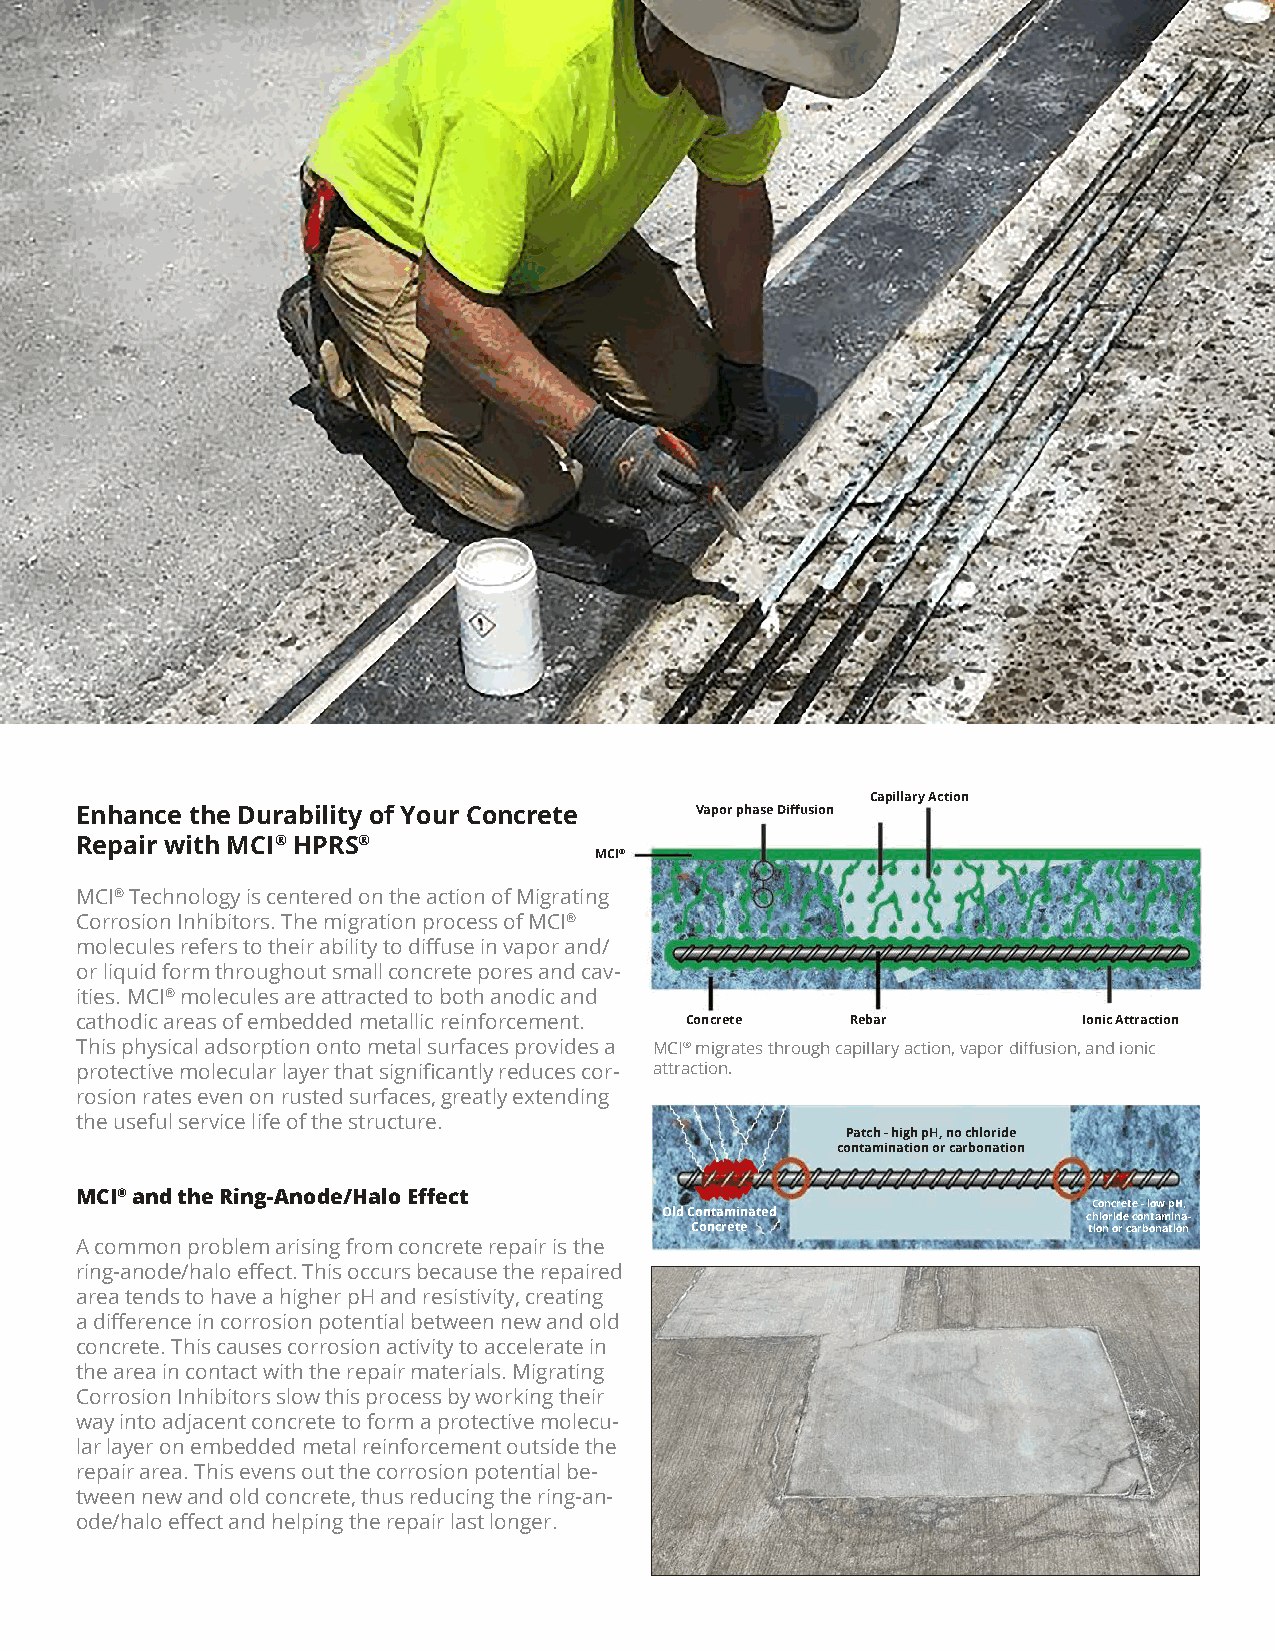
Capillary Action
 Enhance the Durability of Your Concrete  Vapor phase Diffusion
 Repair with MCI® HPRS®
 MCI®
 MCI® Technology is centered on the action of Migrating
 Corrosion Inhibitors. The migration process of MCI®
 molecules refers to their ability to diffuse in vapor and/
 or liquid form throughout small concrete pores and cav-
 ities. MCI® molecules are attracted to both anodic and
 cathodic areas of embedded metallic reinforcement. Concrete Rebar  Ionic Attraction
 This physical adsorption onto metal surfaces provides a MCI® migrates through capillary action, vapor diffusion, and ionic
 protective molecular layer that significantly reduces cor- attraction.
 rosion rates even on rusted surfaces, greatly extending
 the useful service life of the structure.
 Patch - high pH, no chloride
 contamination or carbonation
 MCI® and the Ring-Anode/Halo Effect
 Concrete - low pH,
 Old Contaminated            chloride contamina-
 Concrete                  tion or carbonation
 A common problem arising from concrete repair is the
 ring-anode/halo effect. This occurs because the repaired
 area tends to have a higher pH and resistivity, creating
 a difference in corrosion potential between new and old
 concrete. This causes corrosion activity to accelerate in
 the area in contact with the repair materials. Migrating
 Corrosion Inhibitors slow this process by working their
 way into adjacent concrete to form a protective molecu-
 lar layer on embedded metal reinforcement outside the
 repair area. This evens out the corrosion potential be-
 tween new and old concrete, thus reducing the ring-an-
 ode/halo effect and helping the repair last longer.